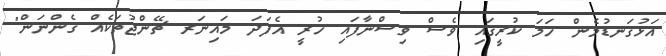
އަޅުގަނޑުމެން ހަމަ ކުރީގައި ވެސް ވިސްނާފައި ހުރީ އެފަދަ މައިނަރ ޗޭންޖުތަކެއް ގެންނަން"